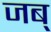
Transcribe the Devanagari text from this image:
जब्